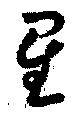
星